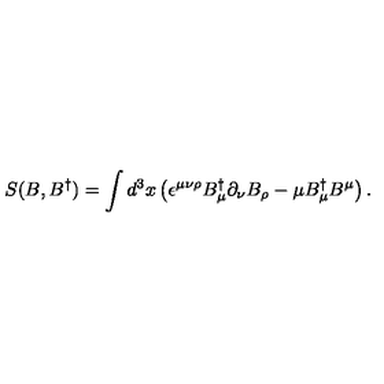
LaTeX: S ( B , B ^ { \dagger } ) = \int d ^ { 3 } x \left( \epsilon ^ { \mu \nu \rho } B _ { \mu } ^ { \dagger } \partial _ { \nu } B _ { \rho } - \mu B _ { \mu } ^ { \dagger } B ^ { \mu } \right) .